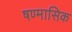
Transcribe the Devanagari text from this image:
षण्मासिक